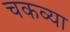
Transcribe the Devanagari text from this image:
चकव्या